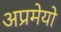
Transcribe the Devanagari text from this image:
अप्रमेयो